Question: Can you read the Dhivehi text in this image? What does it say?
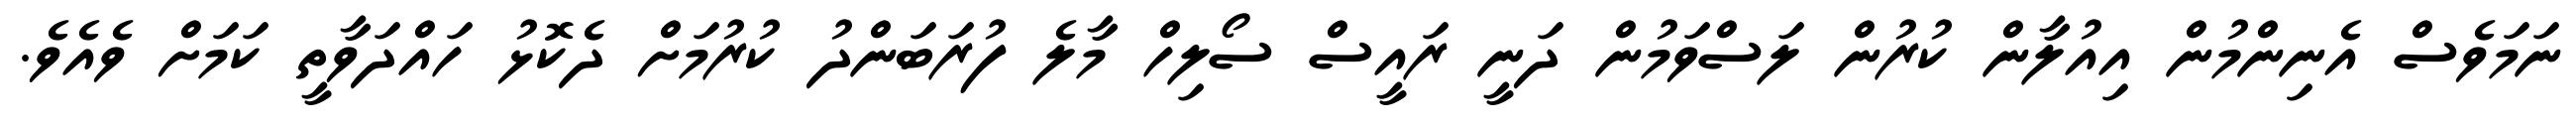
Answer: ނަމަވެސް އެނިންމުން އިއުލާން ކުރުން ލަސްވަމުން ދަނީ ރައީސް ސޯލިހް މާލެ ފުރަބަންދު ކުރުމަށް ދެކޮޅު ހައްދަވާތީ ކަމަށް ވެއެވެ.